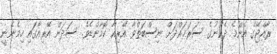
ރާއްޖޭގެ އެންމެ ދެކުނުގެ ސަރަޙައްދަށް ނިސްބަތްވާ އޭރިއާ ކޮމާންޑެވެ. ސަދަން އޭރިއާގައި ހިމެނެނީ